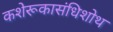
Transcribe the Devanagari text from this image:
कशेरूकासंधिशोथ